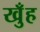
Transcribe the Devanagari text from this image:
खुँह